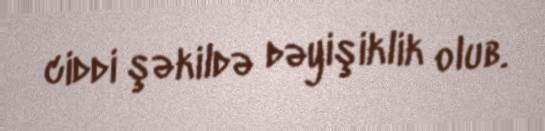
ciddi şəkildə dəyişiklik olub.